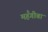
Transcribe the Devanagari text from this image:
महँगीबा